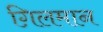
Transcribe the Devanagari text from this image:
ग़िलमान